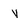
Character: y